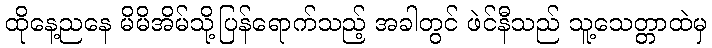
ထိုနေ့ညနေ မိမိအိမ်သို့ပြန်ရောက်သည့် အခါတွင် ဖဲင်နီသည် သူ့သေတ္တာထဲမှ